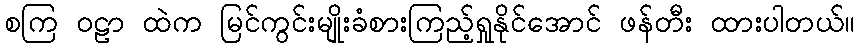
စကြ ဝဠာ ထဲက မြင်ကွင်းမျိုးခံစားကြည့်ရှုနိုင်အောင် ဖန်တီး ထားပါတယ်။